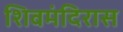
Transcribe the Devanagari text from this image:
शिवमंदिरास